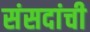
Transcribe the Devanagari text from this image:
संसदांची